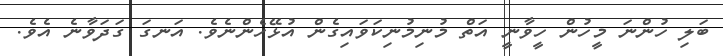
ބަލި ހުންނަ މީހުން ހީވާނީ އަތް މުނިމުނިކަވައިގެން އުޅޭހެންނެވެ. އަނގަ ގަދަވާނެ އެވެ.